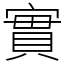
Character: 實